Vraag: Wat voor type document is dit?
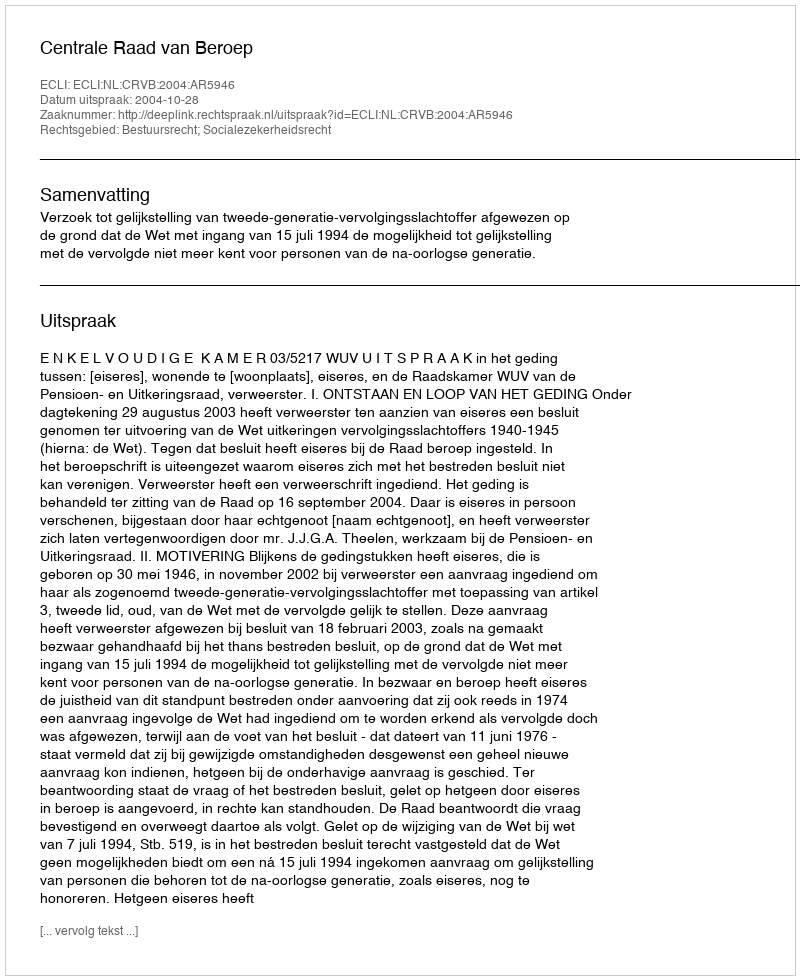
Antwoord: Uitspraak